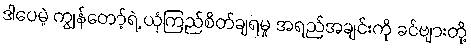
ဒါပေမဲ့ ကျွန်တော့်ရဲ့ ယုံကြည်စိတ်ချရမှု အရည်အချင်းကို ခင်ဗျားတို့